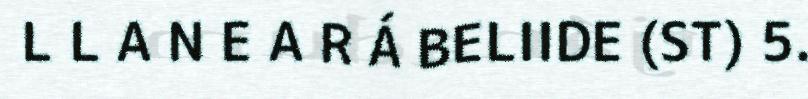
L L A N E A R Á BELIIDE (ST) 5.